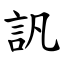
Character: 訉